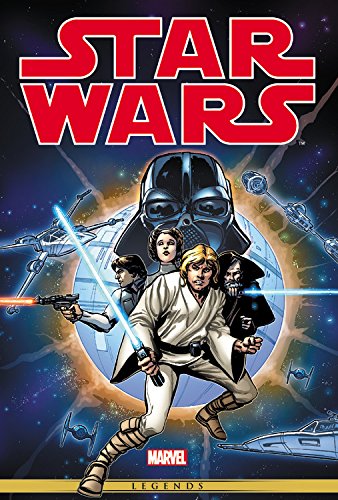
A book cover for Star Wars: The Original Marvel Years Omnibus Volume 1; Roy Thomas; Comics & Graphic Novels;